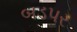
બડપર